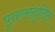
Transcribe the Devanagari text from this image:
पुनरसंतुलित